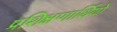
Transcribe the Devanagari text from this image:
प्रशिक्षणार्थियों